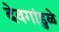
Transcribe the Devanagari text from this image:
देवगांडुळे